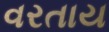
વરતાય